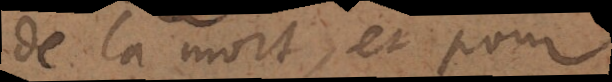
de la mort, et pour